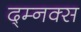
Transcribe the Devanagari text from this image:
द्म्नक्स